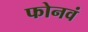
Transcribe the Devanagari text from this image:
फोनवं